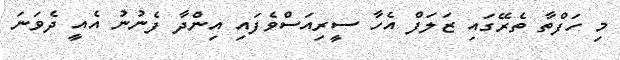
މި ހަފްތާ ތެރޭގައި ޒަލަފް އެހާ ސީރިއަސްވެފައި އިންދާ ފެނުނު އެއީ ދެވަނަ